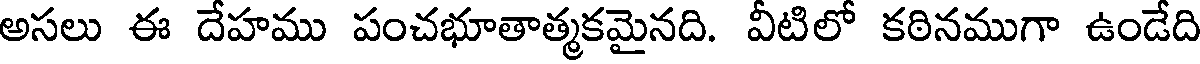
అసలు ఈ దేహము పంచభూతాత్మకమైనది. వీటిలో కఠినముగా ఉండేది